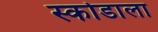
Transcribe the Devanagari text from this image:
स्कोडाला